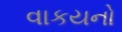
વાકયનો